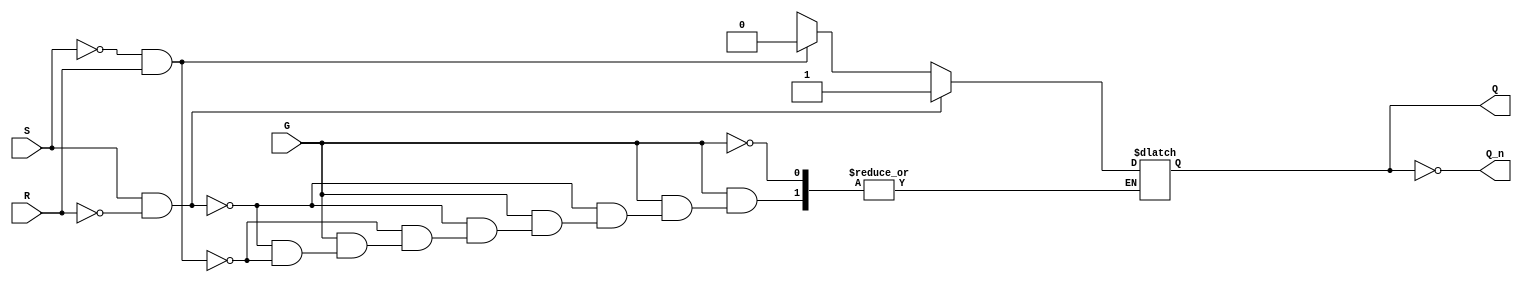
module gated_sr_latch (
    input wire S,    // Set input
    input wire R,    // Reset input
    input wire G,    // Gate input
    output reg Q,    // Output
    output wire Q_n  // Complement of output
);

    // Assign Q' as the complement of Q
    assign Q_n = ~Q;

    // Always block to implement the gated behavior
    always @(*) begin
        if (G) begin
            if (S && ~R) begin
                Q = 1; // Set state
            end else if (~S && R) begin
                Q = 0; // Reset state
            end else if (S && R) begin
                Q = Q; // Indeterminate state, retain previous value
            end else begin
                Q = Q; // Retain previous value when S and R are both low
            end
        end
        // If G is low, retain the previous value of Q
    end

endmodule